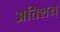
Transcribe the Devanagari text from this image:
अतिशय्